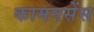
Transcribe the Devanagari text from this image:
कामनसेंस